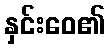
နှင်းဝေ၏